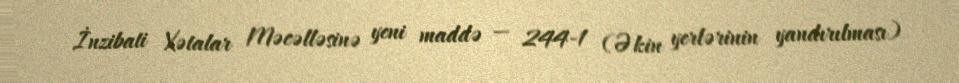
İnzibati Xətalar Məcəlləsinə yeni maddə — 244-1 (Əkin yerlərinin yandırılması)